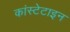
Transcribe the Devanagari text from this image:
कांस्टेटाइन